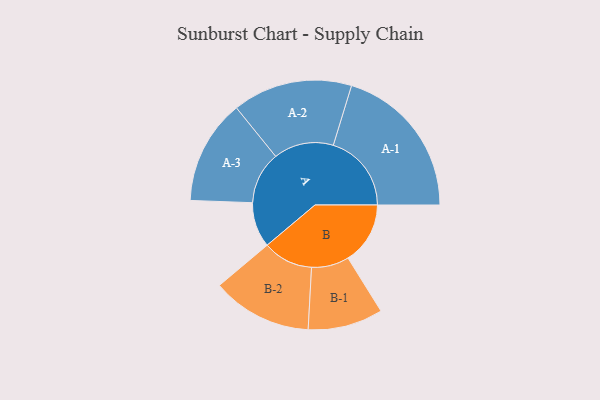
{"axis": {"x": "Segment", "y": "Value"}, "legend": ["", "A", "B"], "data": [{"x": "A", "y": 161, "type": ""}, {"x": "B", "y": 222, "type": ""}, {"x": "A-1", "y": 279, "type": "A"}, {"x": "A-2", "y": 214, "type": "A"}, {"x": "A-3", "y": 187, "type": "A"}, {"x": "B-1", "y": 134, "type": "B"}, {"x": "B-2", "y": 179, "type": "B"}]}